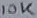
Text: 10K